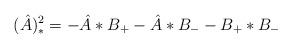
LaTeX: \begin{align*}(\hat{A})_{*}^2 = - \hat{A}*B_+ - \hat{A}*B_- - B_+* B_-\end{align*}